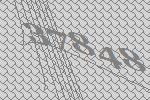
37848